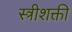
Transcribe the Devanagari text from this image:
स्त्रीशक्ती